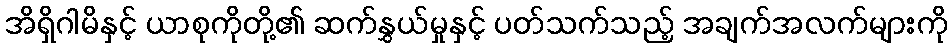
အိရှိဂါမိနှင့် ယာစုကိုတို့၏ ဆက်နွှယ်မှုနှင့် ပတ်သက်သည့် အချက်အလက်များကို